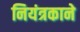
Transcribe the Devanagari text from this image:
नियंत्रकाने